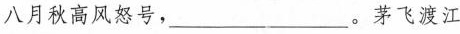
八月秋高风怒号，___。茅飞渡江